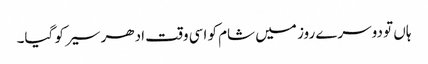
ہاں تو دوسرے روز میں شام کو اسی وقت ادھر سیر کو گیا۔